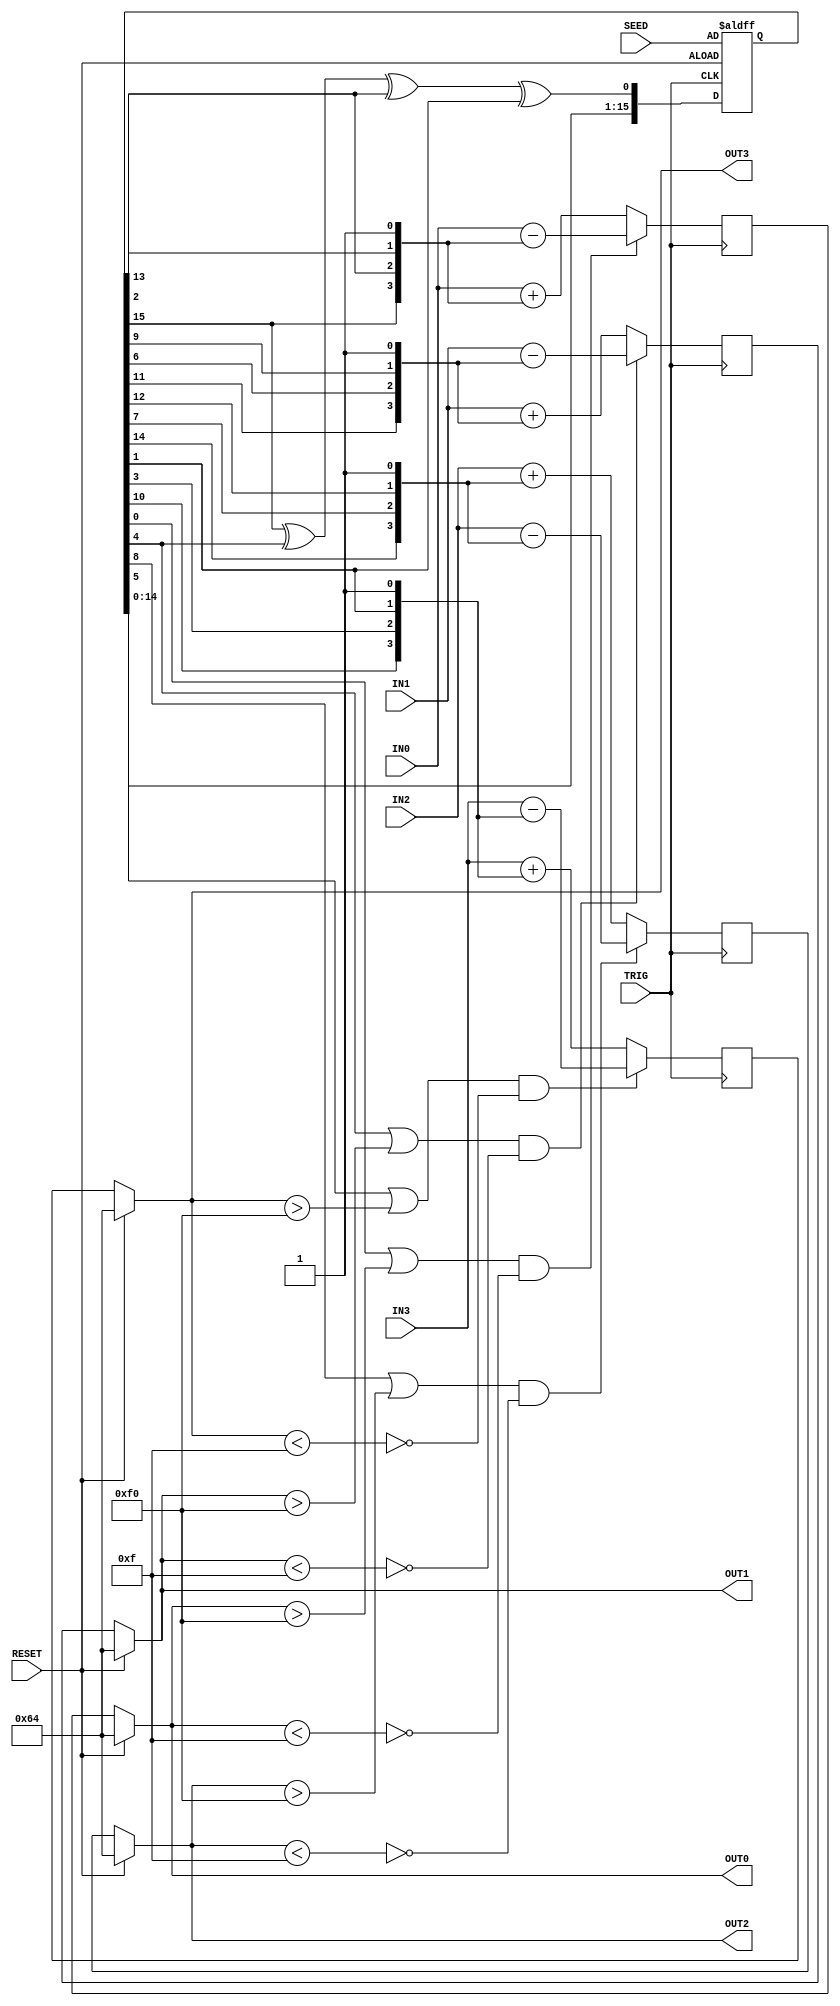
// Chris Ceroici
// August 12 2013
//
// 16 bit LFSR
// Primitive Polynomial: 1+x2+x3+x5+x16
// 
module ME_LFSR16(TRIG,RESET,IN0,IN1,IN2,IN3,OUT0,OUT1,OUT2,OUT3,SEED);

input TRIG, RESET; // TRIG: shift registers trigger
input [15:0] SEED;
input [7:0] IN0,IN1,IN2,IN3;

output [7:0] OUT0,OUT1,OUT2,OUT3;


//wire [7:0] OUTtemp0,OUTtemp1,OUTtemp2,OUTtemp3;
reg [7:0] OUTtemp0 = 1'd0,OUTtemp1 = 1'd0,OUTtemp2 = 1'd0,OUTtemp3 = 1'd0;
wire [2:0] Q /* synthesis keep */;
wire [3:0] mut0,mut1,mut2,mut3;

reg [15:0] D = 16'd0 /* synthesis preserve */;

// Note: Combinational loops here. Better to use:
/*
always @(posedge INIT) begin
 OUT0 = ... ;
.
.
.
end
*/

always @(posedge TRIG) begin
	OUTtemp0 = ((mut0[3] | (OUT0>8'd240))&(~(OUT0<8'd15))) ? (IN0 - {mut0[2],mut0[1],mut0[0],1'd1}) : (IN0 + {mut0[2],mut0[1],mut0[0],1'd1});
	OUTtemp1 = ((mut1[3] | (OUT1>8'd240))&(~(OUT1<8'd15))) ? (IN1 - {mut1[2],mut1[1],mut1[0],1'd1}) : (IN1 + {mut1[2],mut1[1],mut1[0],1'd1});
	OUTtemp2 = ((mut2[3] | (OUT2>8'd240))&(~(OUT2<8'd15))) ? (IN2 - {mut2[2],mut2[1],mut2[0],1'd1}) : (IN2 + {mut2[2],mut2[1],mut2[0],1'd1});
	OUTtemp3 = ((mut3[3] | (OUT3>8'd240))&(~(OUT3<8'd15))) ? (IN3 - {mut3[2],mut3[1],mut3[0],1'd1}) : (IN3 + {mut3[2],mut3[1],mut3[0],1'd1});
end

//wire [7:0] T0,T1,T2,T3;

//assign T0 = ((mut0[3] | (OUT0>8'd240))&(~(OUT0<8'd15))) ? (1'd0 - {mut0[2],mut0[1],mut0[0],1'd1}) : ({mut0[2],mut0[1],mut0[0],1'd1});
//assign T1 = ((mut1[3] | (OUT1>8'd240))&(~(OUT1<8'd15))) ? (1'd0 - {mut1[2],mut1[1],mut1[0],1'd1}) : ({mut1[2],mut1[1],mut1[0],1'd1});
//assign T2 = ((mut2[3] | (OUT2>8'd240))&(~(OUT2<8'd15))) ? (1'd0 - {mut2[2],mut2[1],mut2[0],1'd1}) : ({mut2[2],mut2[1],mut2[0],1'd1});
//assign T3 = ((mut3[3] | (OUT3>8'd240))&(~(OUT3<8'd15))) ? (1'd0 - {mut3[2],mut3[1],mut3[0],1'd1}) : ({mut3[2],mut3[1],mut3[0],1'd1});

/*
assign #1 OUTtemp0 = ((mut0[3] | (OUT0>8'd247))&(~(OUT0<8'd7))) ? (IN0 - {mut0[2],mut0[1],mut0[0]}) : (IN0 + {mut0[2],mut0[1],mut0[0]});
assign #1 OUTtemp1 = ((mut1[3] | (OUT1>8'd247))&(~(OUT1<8'd7))) ? (IN1 - {mut1[2],mut1[1],mut1[0]}) : (IN1 + {mut1[2],mut1[1],mut1[0]});
assign #1 OUTtemp2 = ((mut2[3] | (OUT2>8'd247))&(~(OUT2<8'd7))) ? (IN2 - {mut2[2],mut2[1],mut2[0]}) : (IN2 + {mut2[2],mut2[1],mut2[0]});
assign #1 OUTtemp3 = ((mut3[3] | (OUT3>8'd247))&(~(OUT3<8'd7))) ? (IN3 - {mut3[2],mut3[1],mut3[0]}) : (IN3 + {mut3[2],mut3[1],mut3[0]});
*/
assign #1 OUT0 = (RESET) ? 8'd100 : OUTtemp0;
assign #1 OUT1 = (RESET) ? 8'd100 : OUTtemp1;
assign #1 OUT2 = (RESET) ? 8'd100 : OUTtemp2;
assign #1 OUT3 = (RESET) ? 8'd100 : OUTtemp3;



assign mut0[3:0] = {D[0],D[15],D[2],D[13]};
assign mut1[3:0] = {D[4],D[11],D[6],D[9]};
assign mut2[3:0] = {D[8],D[14],D[7],D[12]};
assign mut3[3:0] = {D[5],D[10],D[3],D[1]};

xor U1(Q[0],D[15],D[4]);
xor U2(Q[1],Q[0],D[2]);
xor U3(Q[2],Q[1],D[1]);

//assign Q[0] = D[15]^D[4];
//assign Q[1] = D[2]^Q[0];
//assign Q[2] = D[1]&Q[1];



/*
always @(posedge TRIG) begin
	D[15:0] <= #3 {D[14:0],Q[2]};
end
*/

always @(posedge TRIG or posedge RESET) begin
	if (RESET) D <= SEED;
	else D[15:0] <= #3 {D[14:0],Q[2]};
end

endmodule